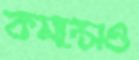
কমন্সেও